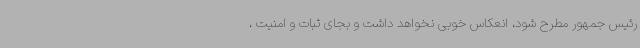
رئیس جمهور مطرح شود، انعکاس خوبی نخواهد داشت و بجای ثبات و امنیت ،